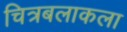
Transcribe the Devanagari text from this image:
चित्रबलाकला